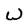
Character: U